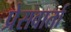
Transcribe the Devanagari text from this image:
प्रेसवार्ता